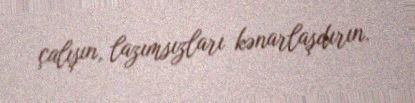
çalışın, lazımsızları kənarlaşdırın.